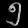
Digit: ၅